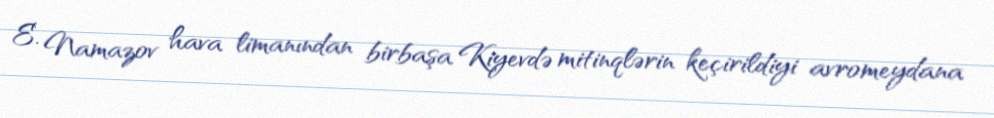
E. Namazov hava limanından birbaşa Kiyevdə mitinqlərin keçirildiyi avromeydana